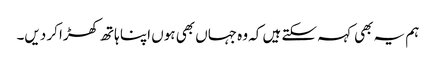
ہم یہ بھی کہہ سکتے ہیں کہ وہ جہاں بھی ہوں اپنا ہاتھ کھڑا کر دیں۔